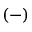
( - )